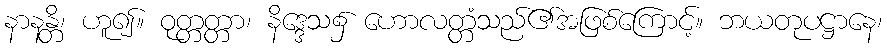
နာနန္တိ၊ ဟူ၍။ ဝုတ္တတ္တာ၊ နိဒ္ဒေသ၌ ဟောလတ္တံသည်၏အဖြစ်ကြောင့်။ ဘယတုပဋ္ဌာနေ၊